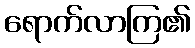
ရောက်လာကြ၏